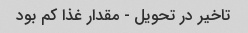
تاخیر در تحویل - مقدار غذا کم بود